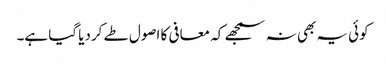
کوئی یہ بھی نہ سمجھے کہ معافی کا اصول طے کردیا گیا ہے۔